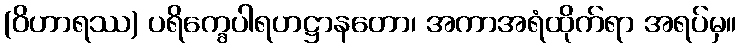
(ဝိဟာရဿ) ပရိက္ခေပါရဟဋ္ဌာနတော၊ အကာအရံထိုက်ရာ အရပ်မှ။